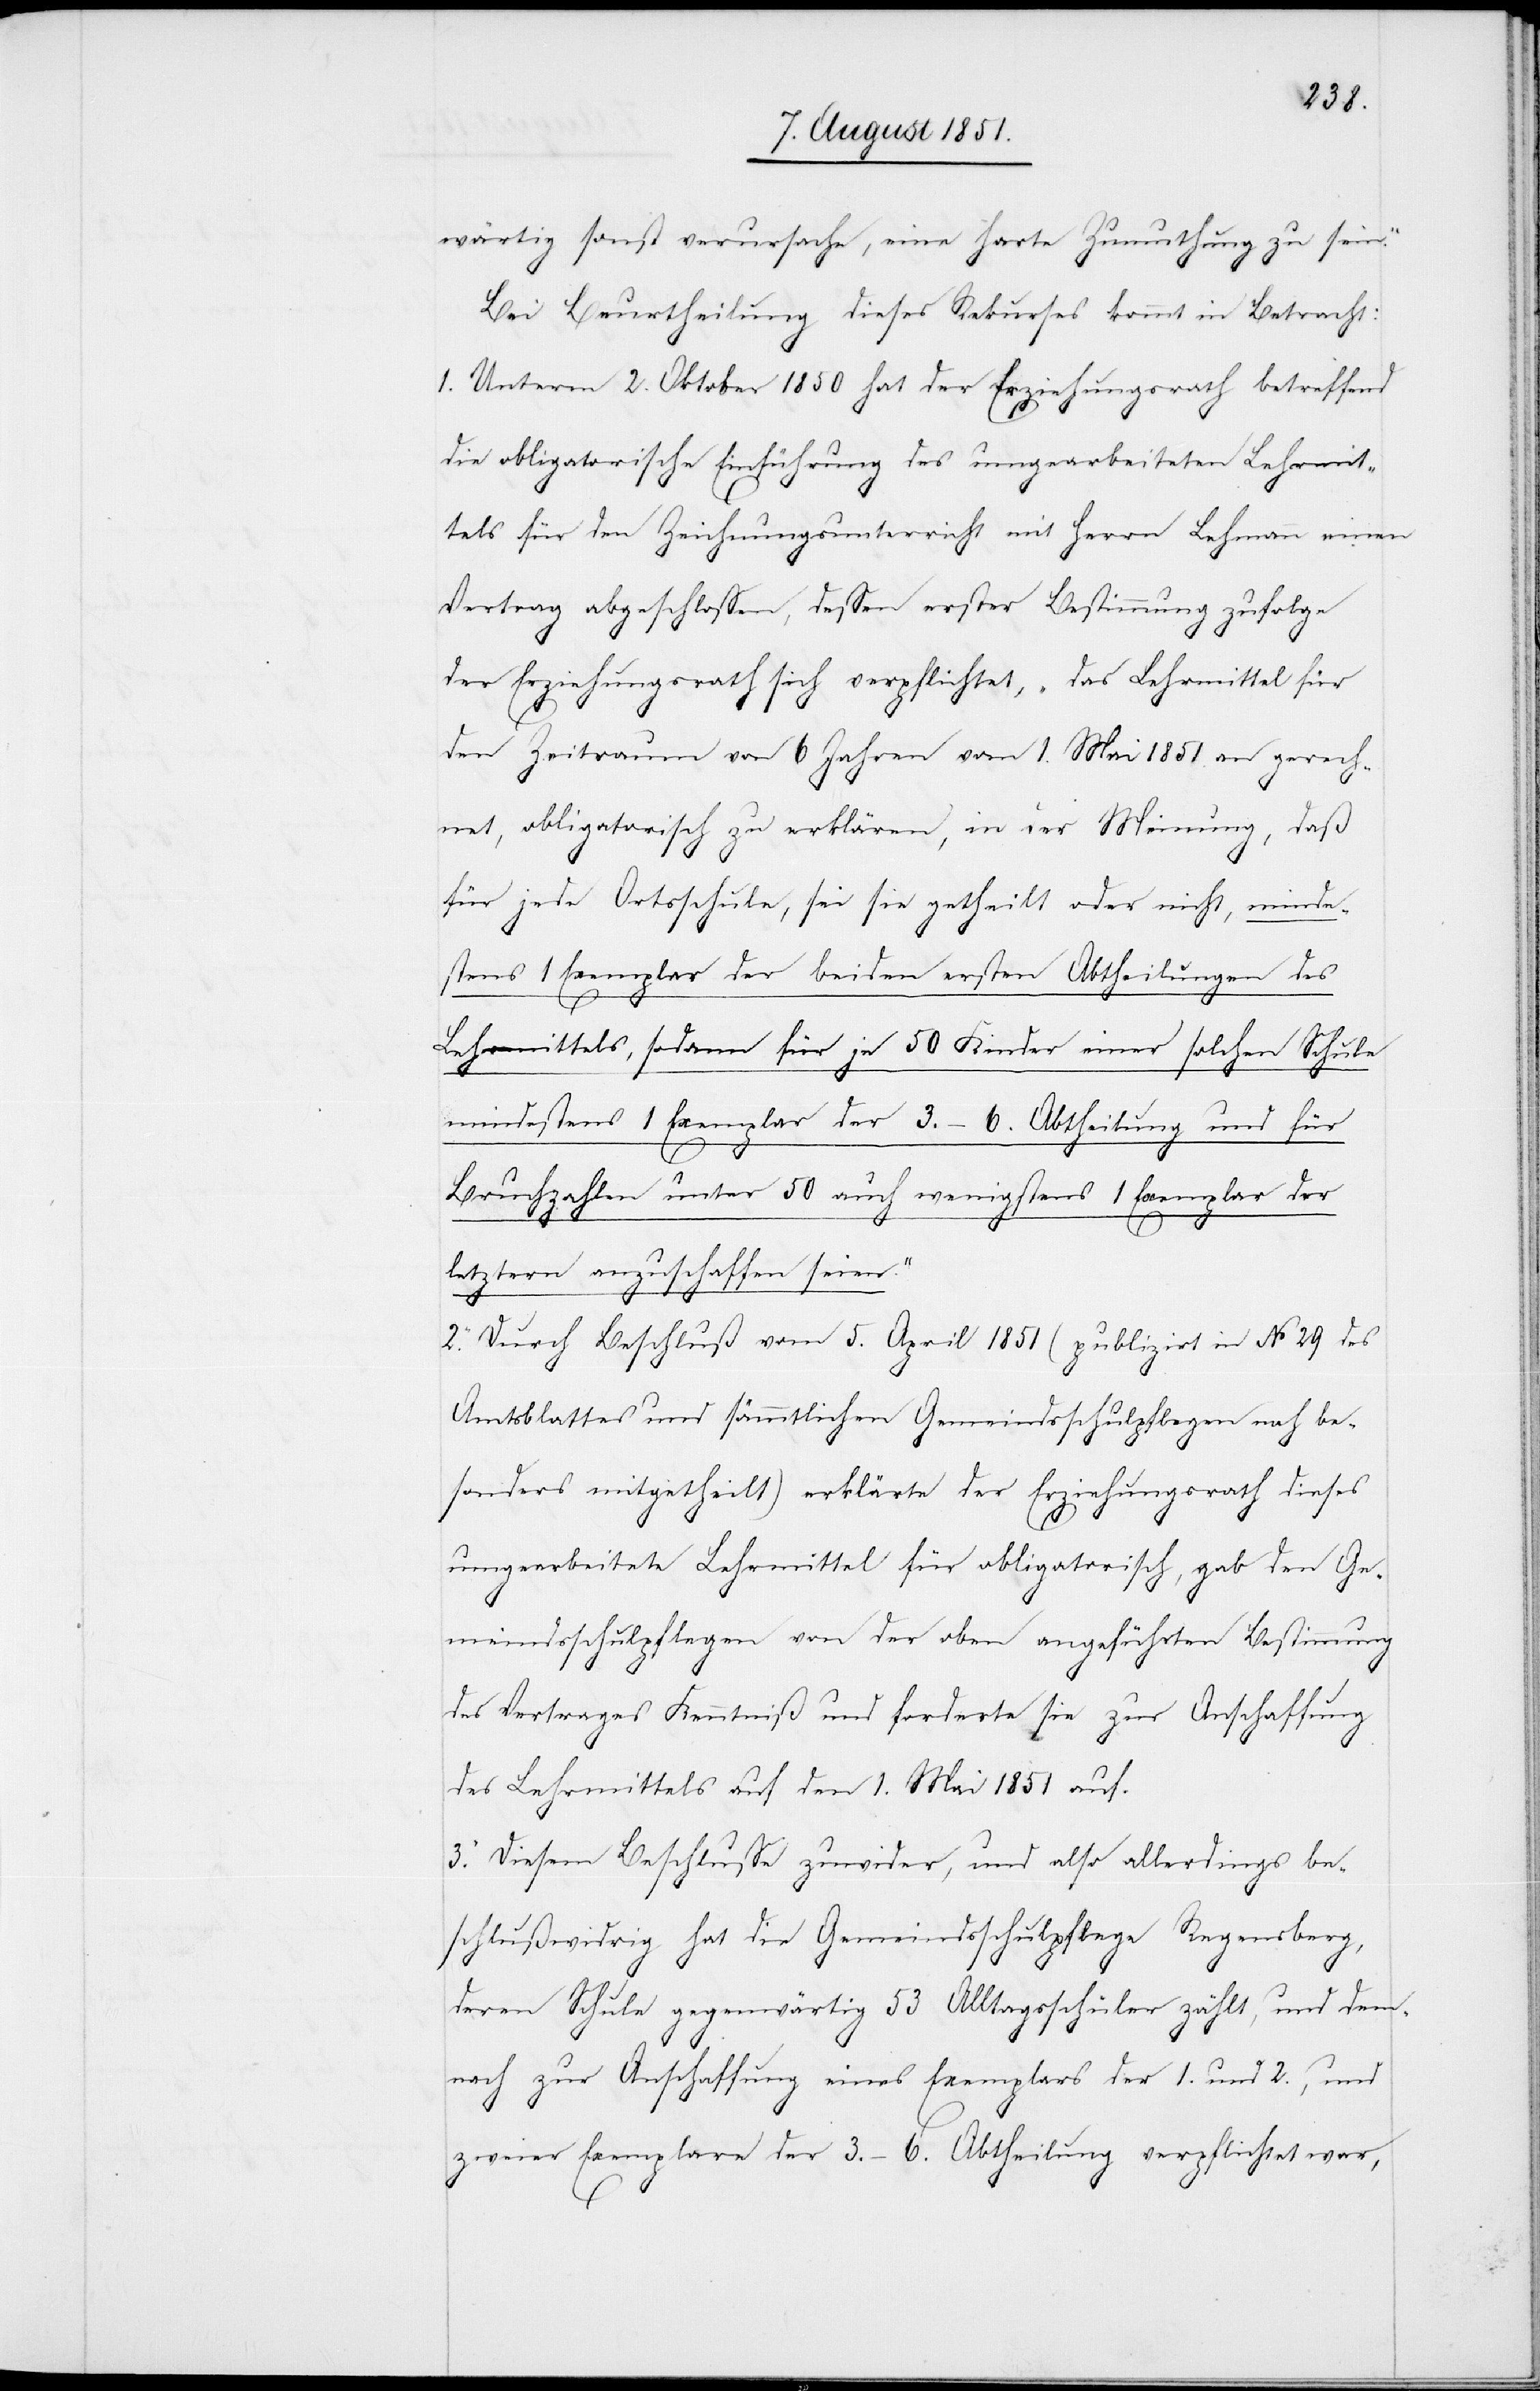
wärtig sonst verursache, eine harte Zumuthung zu sein.“
Bei Beurtheilung dieses Rekurses kommt in Betracht:
1. Unterm 2. Oktober 1850 hat der Erziehungsrath betreffend
die obligatorische Einführung des umgearbeiteten Lehrmit¬
tels für den Zeichnungsunterricht mit Herrn Lehmann einen
Vertrag abgeschlossen, dessen erster Bestimmung zufolge
der Erziehungsrath sich verpflichtet, „das Lehrmittel für
den Zeitraum von 6 Jahren vom 1. Mai 1851. an gerech¬
net, obligatorisch zu erklären, in der Meinung, daß
für jede Ortsschule, sei sie getheilt oder nicht, minde¬
stens 1 Exemplar der beiden ersten Abtheilungen des
Lehrmittels, sodann für je 50 Kinder einer solchen Schule
mindestens 1 Exemplar der 3.–6. Abtheilung und für
Bruchzahlen unter 50 auch wenigstens 1 Exemplar des
letztern anzuschaffen seien.“
2. Durch Beschluß vom 5. April 1851 (publizirt in No 29 des
Amtsblattes und sämmtlichen Gemeindsschulpflegen noch be¬
sonders mitgetheilt) erklärte der Erziehungsrath dieses
umgearbeitete Lehrmittel für obligatorisch, gab den Ge¬
meindsschulpflegen von der oben angeführten Bestimmung
des Vertrages Kenntniß und forderte sie zur Anschaffung
des Lehrmittels auf den 1. Mai 1851 auf.
3. Diesem Beschlusse zuwider, und also allerdings be¬
schlußwidrig hat die Gemeindsschulpflege Regensberg,
deren Schule gegenwärtig 53 Alltagsschüler zählt, und dem¬
nach zur Anschaffung eines Exemplars der 1. und 2., und
zweier Exemplare der 3.–6. Abtheilung verpflichtet war,